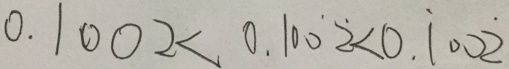
0 . 1 0 0 2 < 0 . 1 0 \dot { 0 } \dot { 2 } < 0 . \dot { 1 } 0 0 \dot { 2 }